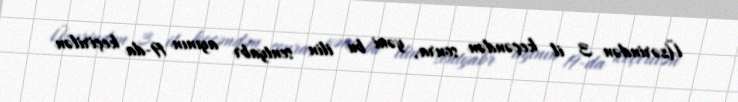
Üzərindən 3 il keçəndən sonra, yəni bu ilin sentyabr ayının 19-da keçirilən